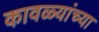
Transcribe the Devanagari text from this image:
कावळ्यांच्या